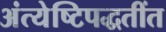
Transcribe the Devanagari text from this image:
अंत्येष्टिपद्धतींत